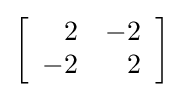
\left[{\begin{array}{rr}2&-2\\-2&2\end{array}}\right]